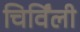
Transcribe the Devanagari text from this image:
चिर्विंली